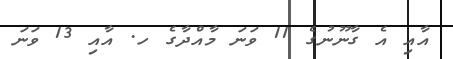
އާއި އެ ގާނޫނުގެ 11 ވަނަ މާއްދާގެ ހ. އާއި 13 ވަނަ